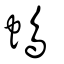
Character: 䳋